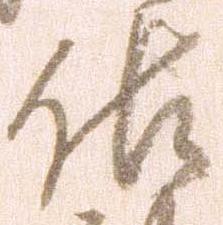
佐